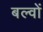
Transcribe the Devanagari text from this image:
बल्वों